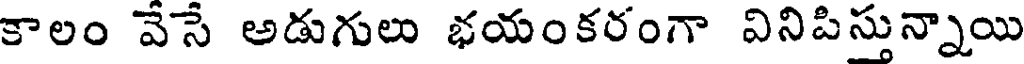
కాలం వేసే అడుగులు భయంకరంగా వినిపిసున్నాయి